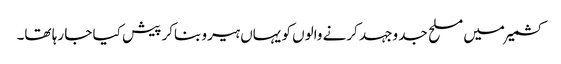
کشمیرمیں مسلح جد وجہد کرنے والوں کو یہاں ہیرو بناکر پیش کیا جا رہا تھا۔